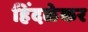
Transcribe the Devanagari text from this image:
हिंदळेकर